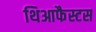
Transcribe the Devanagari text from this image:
थिआफैस्टस